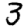
Digit: 3